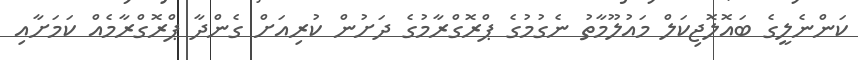
ކަންނެލީގެ ބައޮލޮޖިކަލް މައުލޫމާތު ނެގުމުގެ ޕްރޮގްރާމުގެ ދަށުން ކުރިއަށް ގެންދާ ޕްރޮގްރާމެެއް ކަމަށާއި